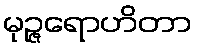
မုဉ္ဇရောဟိတာ